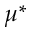
\mu ^ { * }